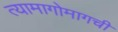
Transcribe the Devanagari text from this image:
त्यामागोमागची